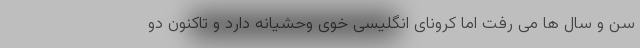
سن و سال ها می رفت اما کرونای انگلیسی خوی وحشیانه دارد و تاکنون دو